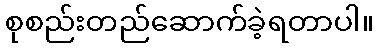
စုစည်းတည်ဆောက်ခဲ့ရတာပါ။